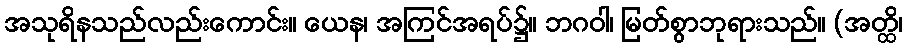
အသုရိနသည်လည်းကောင်း။ ယေန၊ အကြင်အရပ်၌။ ဘဂဝါ၊ မြတ်စွာဘုရားသည်။ (အတ္ထိ၊